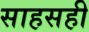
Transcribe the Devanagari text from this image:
साहसही